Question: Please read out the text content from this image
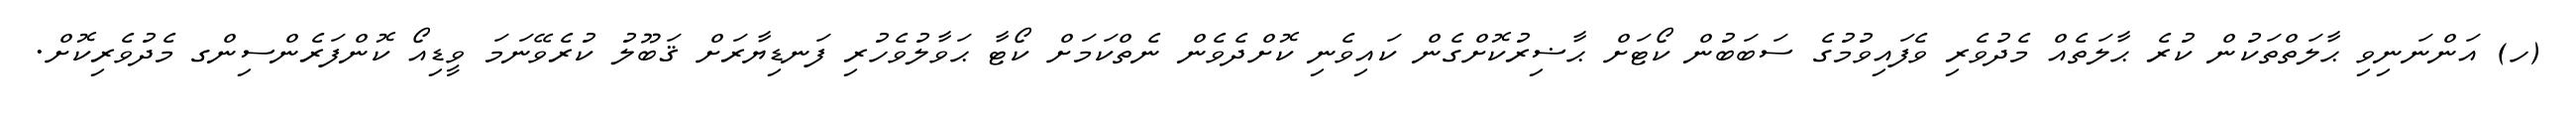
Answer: (ހ) އަންނަނިވި ޙާލަތްތަކުން ކުރެ ޙާލަތެއް މެދުވެރި ވެފައިވުމުގެ ސަބަބުން ކޯޓަށް ޙާޟިރުކޮށްގެން ކައިވެނި ކޮށްދެވެން ނެތްކަމަށް ކޯޓާ ޙަވާލުވެހުރި ފަނޑިޔާރަށް ޤަބޫލު ކުރެވޭނަމަ ވީޑިއޯ ކޮންފަރެންސިންގ މެދުވެރިކޮށް.